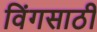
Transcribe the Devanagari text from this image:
विंगसाठी